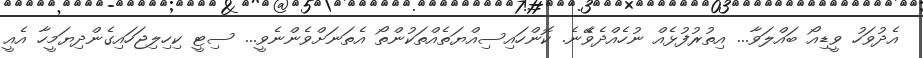
އެދުވަހު ވީޑިއޯ ބައްލަވާ... އިތުރުފުޅެއް ނުހެއްދެވޭެނެ. ކޮންހައިސިއްޔަތެއްތަކުންތޯ އެތަނަށްވެންނެވީ... ސިޓީ ކިހިލިޖަހައިގެންދިޔަމީހާ އެއީ